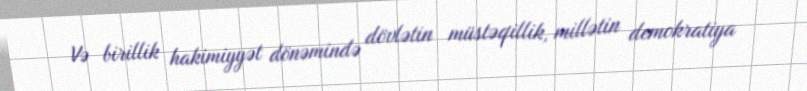
Və birillik hakimiyyət dönəmində dövlətin müstəqillik, millətin demokratiya